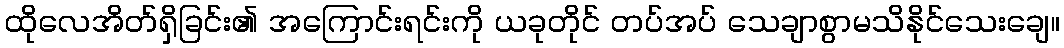
ထိုလေအိတ်ရှိခြင်း၏ အကြောင်းရင်းကို ယခုတိုင် တပ်အပ် သေချာစွာမသိနိုင်သေးချေ။